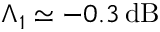
\Lambda _ { 1 } \simeq - 0 . 3 \, \mathrm { d B }